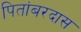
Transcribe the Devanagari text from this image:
पितांबरदास